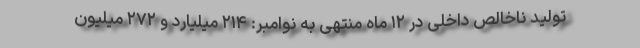
تولید ناخالص داخلی در ۱۲ ماه منتهی به نوامبر: ۲۱۴ میلیارد و ۲۷۲ میلیون